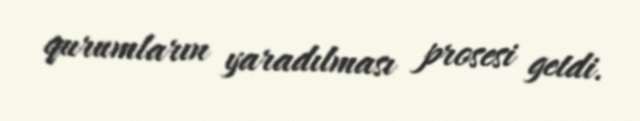
qurumların yaradılması prosesi getdi.